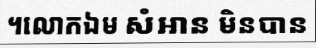
។លោកឯម សំអាន មិនបាន